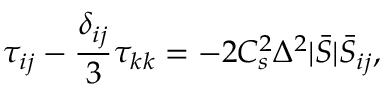
\tau _ { i j } - \frac { \delta _ { i j } } { 3 } \tau _ { k k } = - 2 C _ { s } ^ { 2 } \Delta ^ { 2 } | \bar { S } | \bar { S } _ { i j } ,